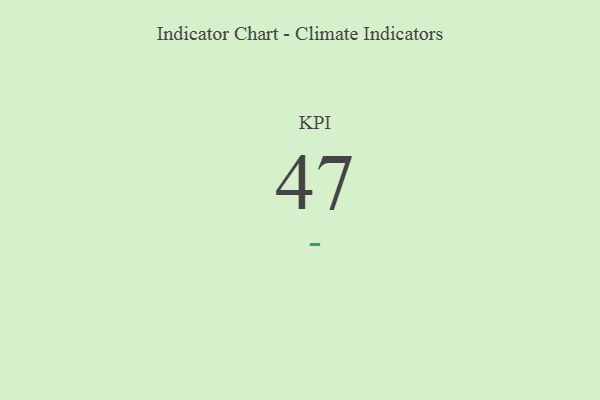
{"axis": {"x": "KPI", "y": "Value"}, "legend": [""], "data": [{"x": "KPI", "y": 47, "type": ""}]}